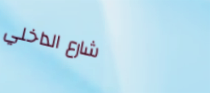
شارع الداخلي